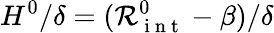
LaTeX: H^{0}/\delta=(\mathcal{R}_{\mathrm{~i~n~t~}}^{0}-\beta)/\delta